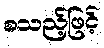
စသည့်ဖြင့်